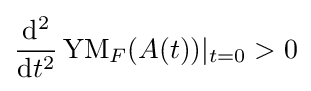
{\frac {\mathrm {d} ^{2}}{\mathrm {d} t^{2}}}\operatorname {YM} _{F}(A(t))\vert _{t=0}>0